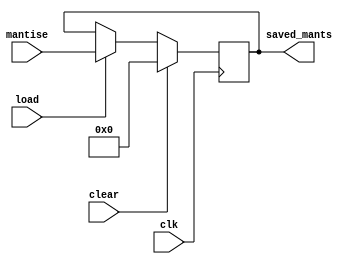
`timescale 1ns / 1ps
//////////////////////////////////////////////////////////////////////////////////
// Company: 
// Engineer: 
// 
// Design Name: 
// Module Name: registru_48b
// Project Name: 
// Target Devices: 
// Tool Versions: 
// Description: 
// 
// Dependencies: 
// 
// Revision:
// Revision 0.01 - File Created
// Additional Comments:
// 
//////////////////////////////////////////////////////////////////////////////////


module registru_48b(
    input [47:0]mantise,
    input clk, clear, load,
    output reg [47:0]saved_mants
    );

    always @(posedge clk)
    begin
        if(clear)
            saved_mants <= 48'b0;
        else if(load)
            saved_mants <= mantise;
    end

endmodule